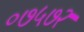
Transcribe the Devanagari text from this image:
०७५७२